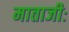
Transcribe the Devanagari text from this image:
माताजीः